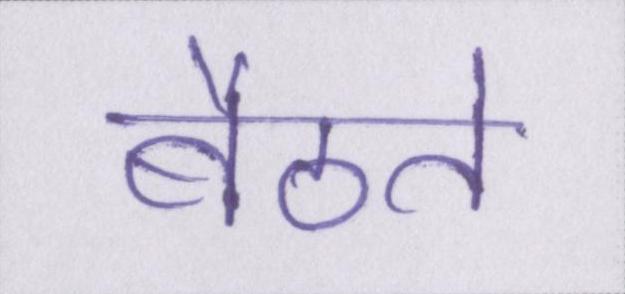
बैठते